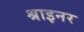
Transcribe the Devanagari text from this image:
श्राइनर